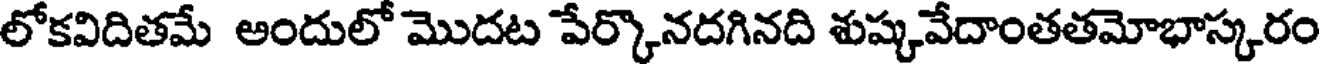
లోకవిదితమే అందులో మొదట పేర్కొనదగినది శుష్కవేదాంతతమోభాస్కరం